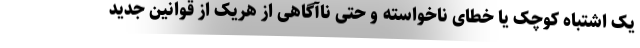
یک اشتباه کوچک یا خطای ناخواسته و حتی ناآگاهی از هریک از قوانین جدید